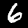
Digit: 6